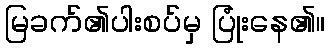
မြခက်၏ပါးစပ်မှ ပြုံးနေ၏။